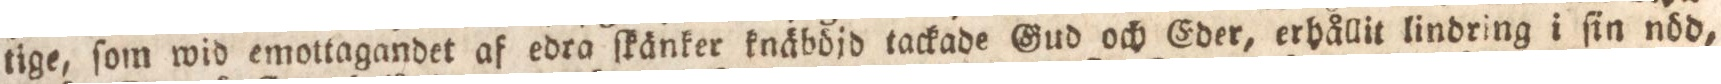
tige, ſom wid emottagandet af edra ſkänker knäböjd tackade Gud och Eder, erhållit lindring i ſin nöd,